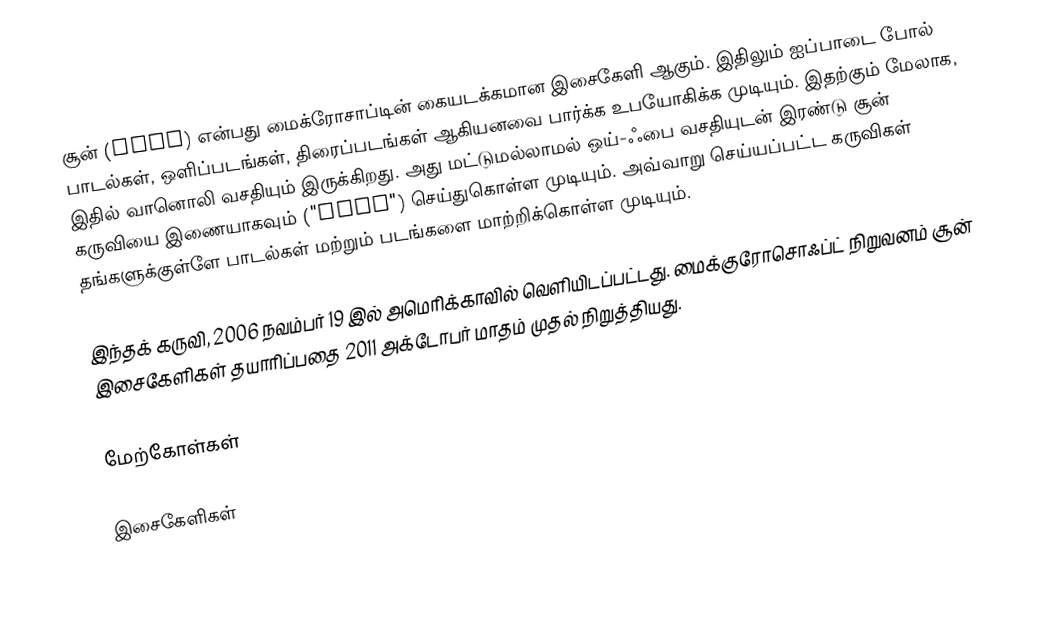
சூன் (Zune) என்பது மைக்ரோசாப்டின் கையடக்கமான இசைகேளி ஆகும். இதிலும் ஐப்பாடை போல் பாடல்கள், ஒளிப்படங்கள், திரைப்படங்கள் ஆகியனவை பார்க்க உபயோகிக்க முடியும். இதற்கும் மேலாக, இதில் வானொலி வசதியும் இருக்கிறது. அது மட்டுமல்லாமல் ஒய்-ஃபை வசதியுடன் இரண்டு சூன் கருவியை இணையாகவும் ("pair") செய்துகொள்ள முடியும். அவ்வாறு செய்யப்பட்ட கருவிகள் தங்களுக்குள்ளே பாடல்கள் மற்றும் படங்களை மாற்றிக்கொள்ள முடியும்.

இந்தக் கருவி, 2006 நவம்பர் 19 இல் அமெரிக்காவில் வெளியிடப்பட்டது. மைக்குரோசொஃப்ட் நிறுவனம் சூன் இசைகேளிகள் தயாரிப்பதை 2011 அக்டோபர் மாதம் முதல் நிறுத்தியது.

மேற்கோள்கள்

இசைகேளிகள்